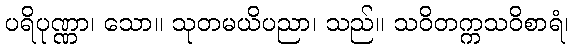
ပရိပုဏ္ဏာ၊ သော။ သုတမယိပညာ၊ သည်။ သဝိတက္ကသဝိစာရံ၊